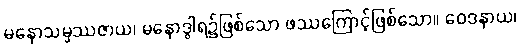
မနောသမ္ဖဿဇာယ၊ မနောဒွါရ၌ဖြစ်သော ဖဿကြောင့်ဖြစ်သော။ ဝေဒနာယ၊